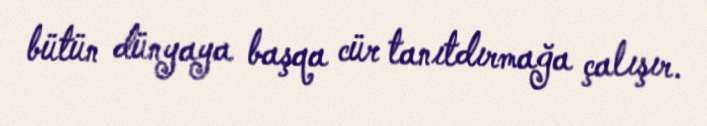
bütün dünyaya başqa cür tanıtdırmağa çalışır.